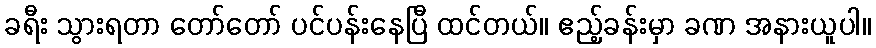
ခရီး သွားရတာ တော်တော် ပင်ပန်းနေပြီ ထင်တယ်။ ဧည့်ခန်းမှာ ခဏ အနားယူပါ။